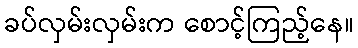
ခပ်လှမ်းလှမ်းက စောင့်ကြည့်နေ။